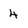
Character: 4